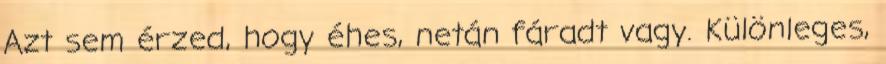
Azt sem érzed, hogy éhes, netán fáradt vagy. Különleges,